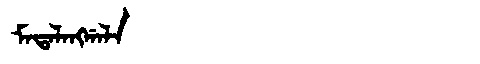
Manchu: ᠮᠠᡨᠠᠯᠠᠩᡤᠠᠯᠠ
Romanization: MATALANGGALA